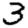
Digit: 3